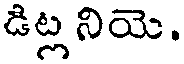
డిట్ల నియె.